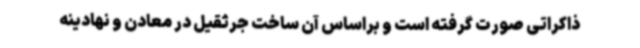
ذاکراتی صورت گرفته است و براساس آن ساخت جرثقیل در معادن و نهادینه